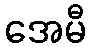
အေမီ